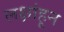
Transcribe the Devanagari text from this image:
लक्षांहून